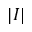
| I |